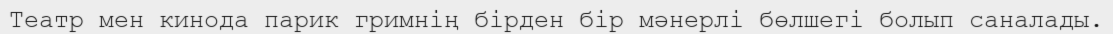
Театр мен кинода парик гримнің бірден бір мәнерлі бөлшегі болып саналады.